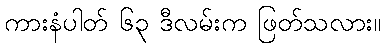
ကားနံပါတ် ၆၃ ဒီလမ်းက ဖြတ်သလား။